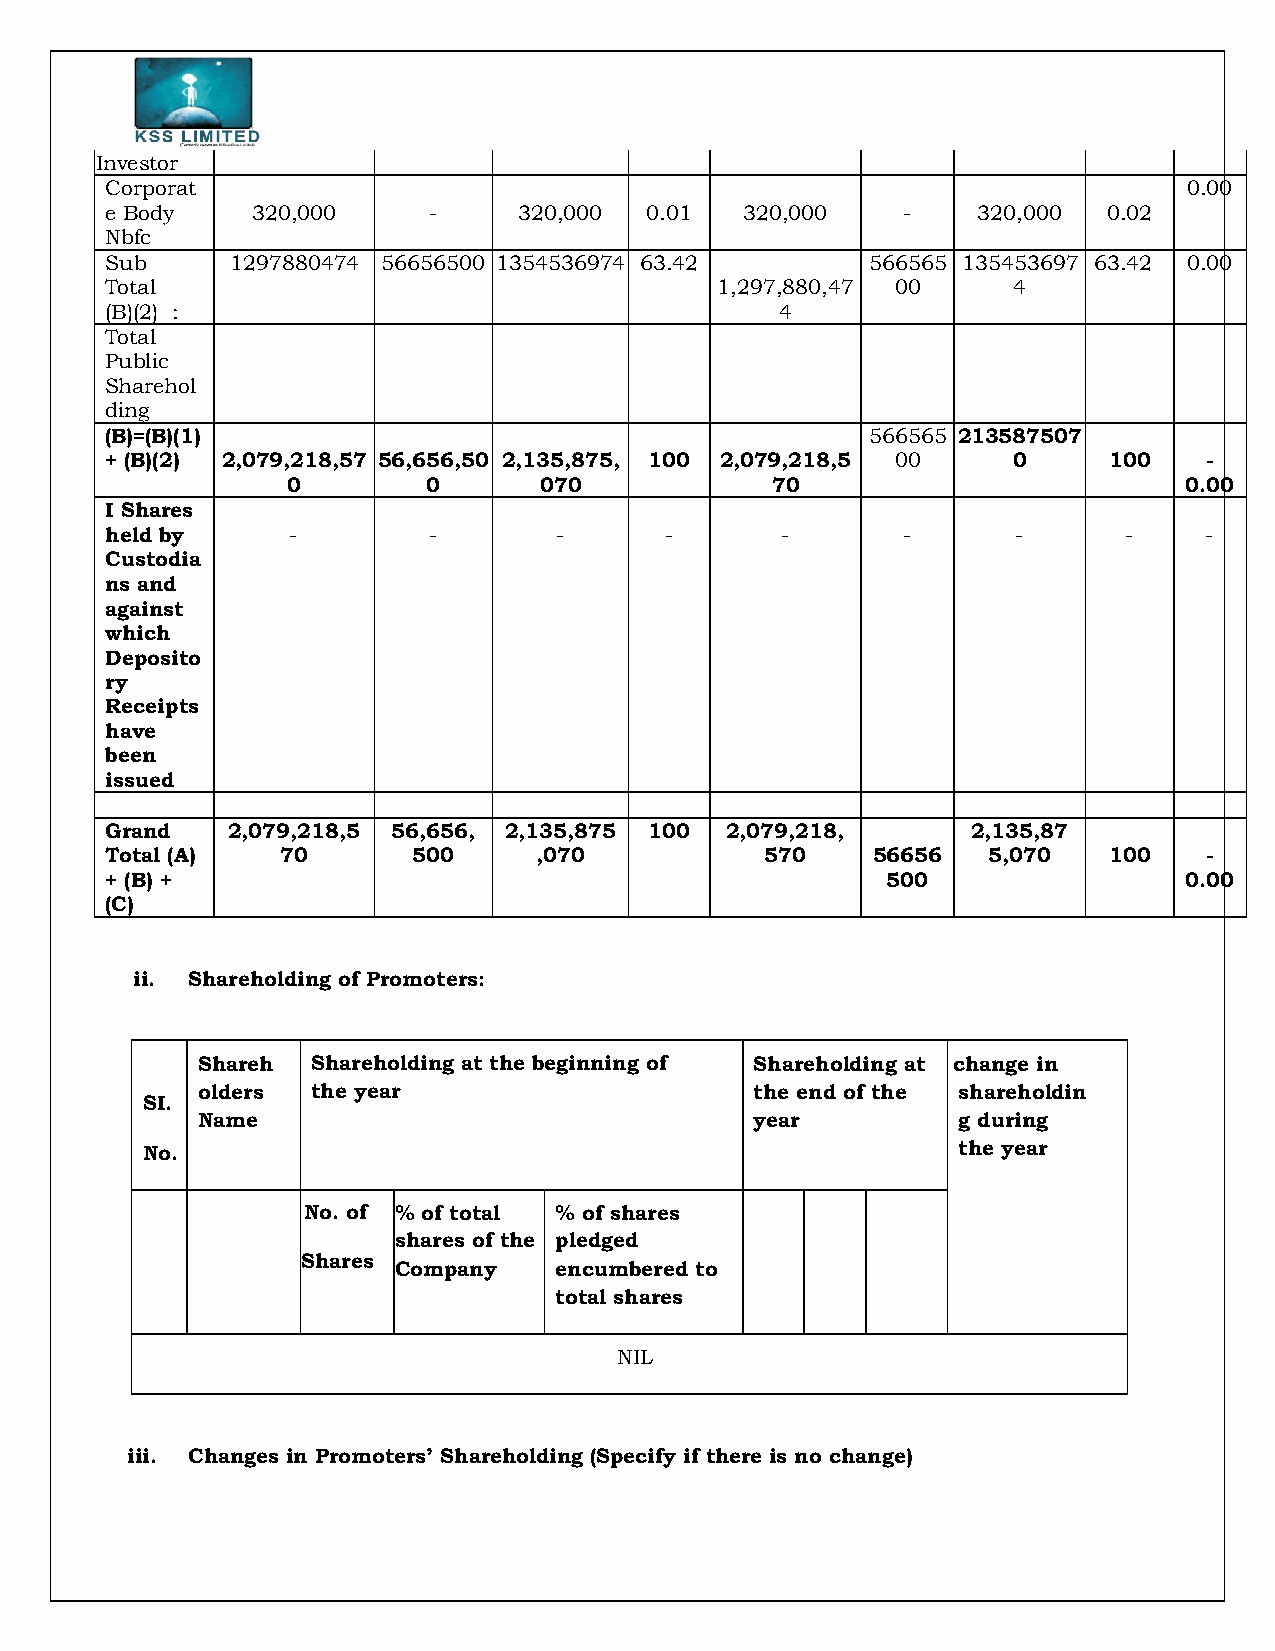
Investor
 Corporat                                                                0 . 0 0
 e Body    320,000    -     320,000  0.01  320,000    -    320,000 0.02
 Nbfc
 Sub     1297880474 56656500 1354536974 63.42       566565 135453697 63.42 0.00
 Total                                   1,297,880,47 00     4
 (B)(2) :                                     4
 Total
 Public
 Sharehol
 ding
 (B)=(B)(1)                                         566565 213587507
 + (B)(2) 2,079,218,57 56,656,50 2,135,875, 100 2,079,218,5 00 0   100    -
 0        0       070            70                         0.00
 I Shares
 held by     -        -        -      -       -       -      -       -    -
 Custodia
 ns and
 against
 which
 Deposito
 ry
 Receipts
 have
 been
 issued
 Grand   2,079,218,5 56,656, 2,135,875 100 2,079,218,     2,135,87
 Total (A)   70      500     ,070            570    56656  5,070   100    -
 + (B) +                                             500                0.00
 (C)
 ii. Shareholding of Promoters:
 Shareh  Shareholding at the beginning of Shareholding at change in
 olders  the year                     the end of the shareholdin
 SI.
 Name                                 year         g during
 No.                                                   the year
 No. of % of total % of shares
 shares of the pledged
 Shares
 Company    encumbered to
 total shares
 NIL
 iii. Changes in Promoters’ Shareholding (Specify if there is no change)